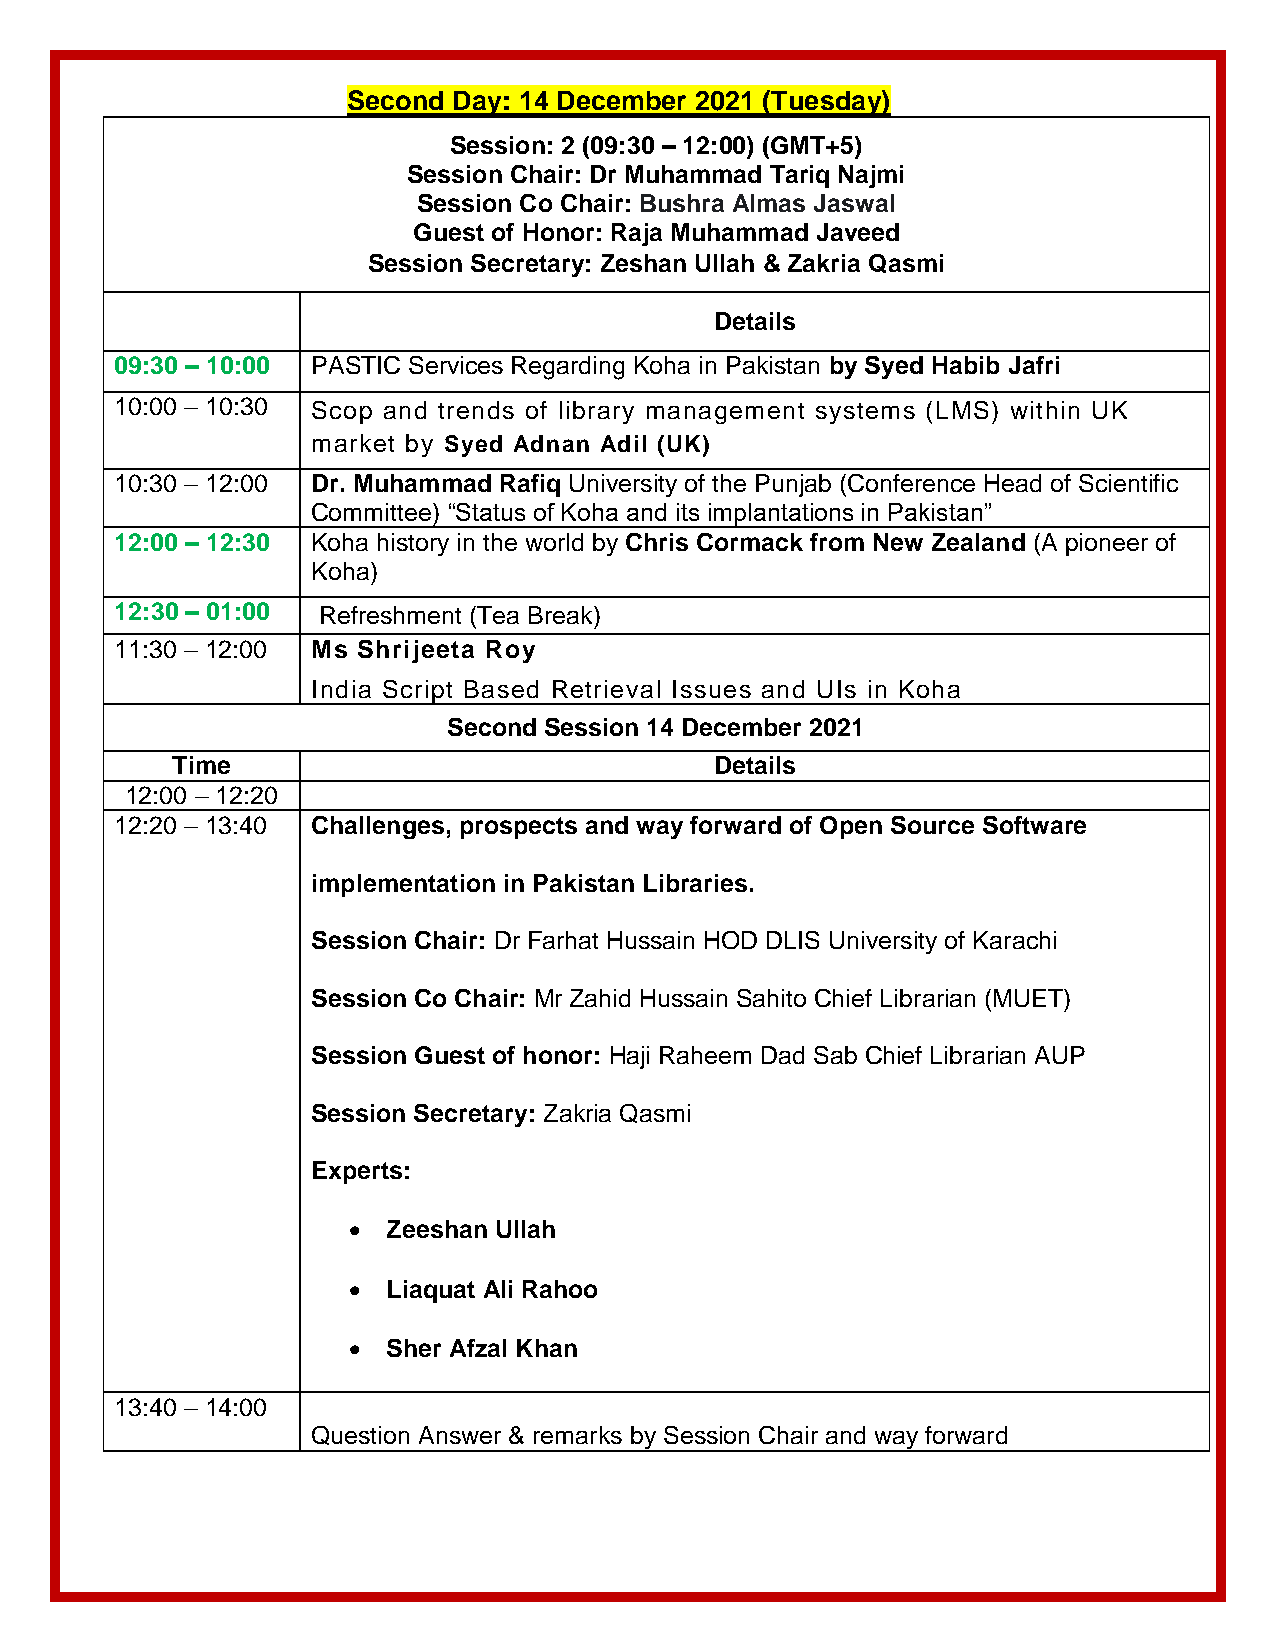
Second Day: 14 December 2021 (Tuesday)
 Session: 2 (09:30 – 12:00) (GMT+5)
 Session Chair: Dr Muhammad Tariq Najmi
 Session Co Chair: Bushra Almas Jaswal
 Guest of Honor: Raja Muhammad Javeed
 Session Secretary: Zeshan Ullah & Zakria Qasmi
 Details
 09:30 – 10:00 PASTIC Services Regarding Koha in Pakistan by Syed Habib Jafri
 10:00 – 10:30 Scop and trends of library management systems (LMS) within UK
 market by Syed Adnan Adil (UK)
 10:30 – 12:00 Dr. Muhammad Rafiq University of the Punjab (Conference Head of Scientific
 Committee) “Status of Koha and its implantations in Pakistan”
 12:00 – 12:30 Koha history in the world by Chris Cormack from New Zealand (A pioneer of
 Koha)
 12:30 – 01:00 Refreshment (Tea Break)
 11:30 – 12:00 Ms Shrijeeta Roy
 India Script Based Retrieval Issues and UIs in Koha
 Second Session 14 December 2021
 Time                                Details
 12:00 – 12:20
 12:20 – 13:40 Challenges, prospects and way forward of Open Source Software
 implementation in Pakistan Libraries.
 Session Chair: Dr Farhat Hussain HOD DLIS University of Karachi
 Session Co Chair: Mr Zahid Hussain Sahito Chief Librarian (MUET)
 Session Guest of honor: Haji Raheem Dad Sab Chief Librarian AUP
 Session Secretary: Zakria Qasmi
 Experts:
   Zeeshan Ullah
   Liaquat Ali Rahoo
   Sher Afzal Khan
 13:40 – 14:00
 Question Answer & remarks by Session Chair and way forward